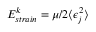
E _ { s t r a i n } ^ { k } = \mu / 2 \langle \epsilon _ { j } ^ { 2 } \rangle